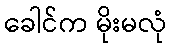
ခေါင်က မိုးမလုံ